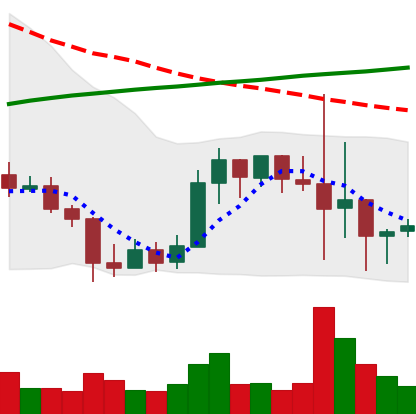
Ticker: LINK-USD
Chart end date: 2019-09-28
Forward return: 15.626%
Label: up_7plus